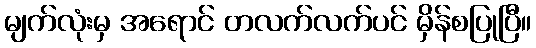
မျက်လုံးမှ အရောင် တလက်လက်ပင် မှိန်စပြုပြီ။